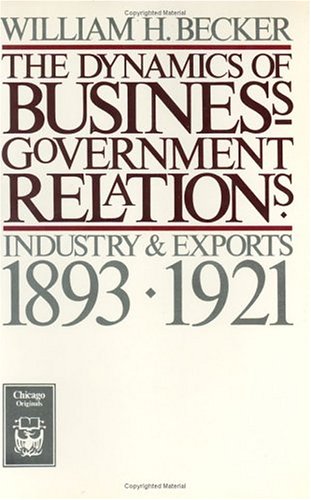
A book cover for The Dynamics of Business-Government Relations: Industry and Exports, 1893-1921 (Chicago Originals); William H. Becker; Law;